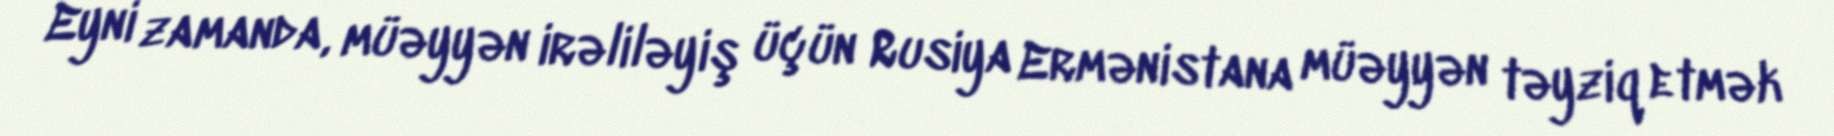
Eyni zamanda, müəyyən irəliləyiş üçün Rusiya Ermənistana müəyyən təyziq etmək